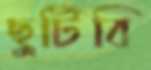
ছুটিবি